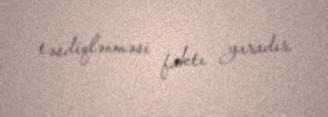
təsdiqlənməsi faktı yaradır.